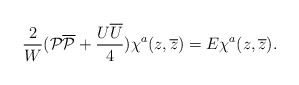
\begin{align*}\frac{2}{W}({\cal P}{\overline{\cal P}}+\frac{U\overline{U}}{4})\chi^a(z, \overline{z})=E\chi^a(z, \overline{z}).\end{align*}